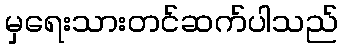
မှရေးသားတင်ဆက်ပါသည်